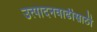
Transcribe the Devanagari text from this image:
उत्पादनवाढीसाठी